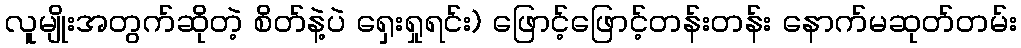
လူမျိုးအတွက်ဆိုတဲ့ စိတ်နဲ့ပဲ ရှေးရှုရင်း) ဖြောင့်ဖြောင့်တန်းတန်း နောက်မဆုတ်တမ်း